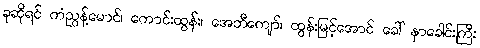
ခုဆိုရင် ကံညွန့်မောင်၊ ကောင်းထွန်း၊ အေဘီကျော်၊ ထွန်းမြင့်အောင် ခေါ် နှာခေါင်းကြီး